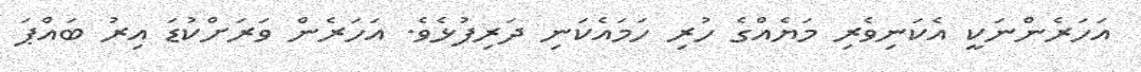
އަހަރެންނަކީ އެކަނިވެރި މަޔެއްގެ ހުރި ހަމައެކަނި ދަރިފުޅެވެ. އަހަރެން ވަރަށްކުޑަ އިރު ބައްޕަ